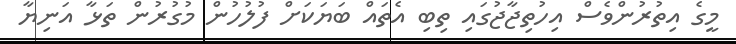
މީގެ އިތުރުންވެސް އިހުތިޖާޖުގައި ތިބި އެތައް ބަޔަކަށް ފުލުހުން މުގުރުން ތަޅާ އަނިޔާ